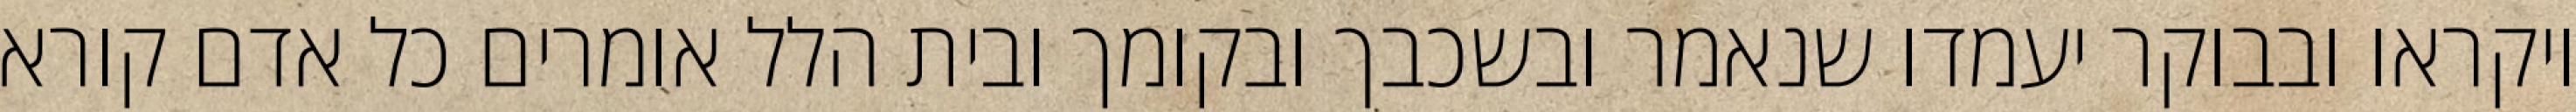
ויקראו ובבוקר יעמדו שנאמר ובשכבך ובקומך ובית הלל אומרים כל אדם קורא